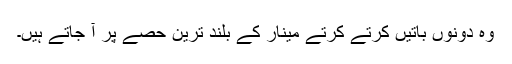
وہ دونوں باتیں کرتے کرتے مینار کے بلند ترین حصے پر آ جاتے ہیں۔